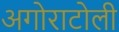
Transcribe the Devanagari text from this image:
अगोराटोली